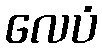
လေပံ